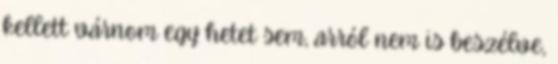
kellett várnom egy hetet sem, arról nem is beszélve,